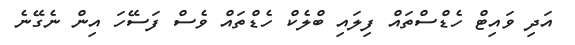
އަދި ވައިޓް ހެޑްސްތައް ފިލައި ބްލެކް ހެޑްތައް ވެސް ފަސޭހަ އިން ނެގޭނެ